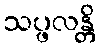
သပ္ဖလန္တိ